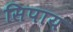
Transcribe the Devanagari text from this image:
सिपाय